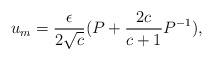
LaTeX: \begin{align*} u_m =\frac{\epsilon}{2\sqrt{c}}(P +\frac{2c}{c+1}P^{-1}), \end{align*}